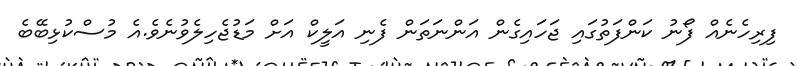
ފިރިހެނެއް ފޯނު ކަންފަތުގައި ޖަހައިގެން އަންނަތަން ފެނި އަލީކް އަށް މަޑުޖެހިލެވުނެވެ.އެ މުސްކުޅިބޭބެ